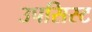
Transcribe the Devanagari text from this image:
उपसिस्ट